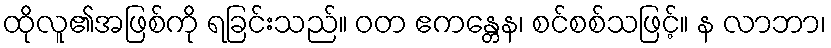
ထိုလူ၏အဖြစ်ကို ရခြင်းသည်။ ဝတ ဧကန္တေန၊ စင်စစ်သဖြင့်။ န လာဘာ၊